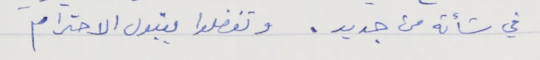
في شأنه من جديد . وتفضلوا بقبول الاحترام .